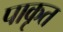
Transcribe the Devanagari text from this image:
पाकृत